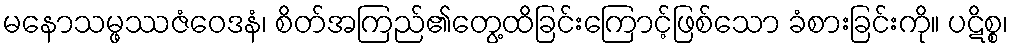
မနောသမ္ဖဿဇံဝေဒနံ၊ စိတ်အကြည်၏တွေ့ထိခြင်းကြောင့်ဖြစ်သော ခံစားခြင်းကို။ ပဋိစ္စ၊